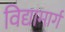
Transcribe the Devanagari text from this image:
विद्यामार्ग